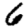
Digit: 6